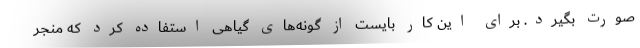
صورت بگیرد. برای این کار بایست از گونه‌های گیاهی استفاده کرد که منجر